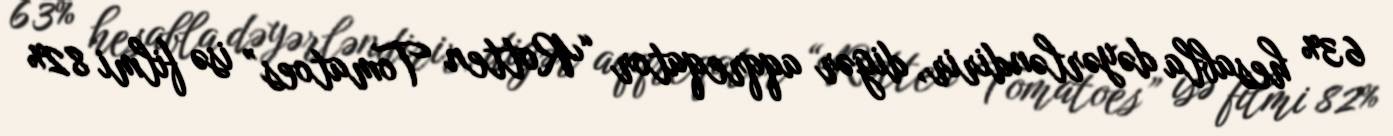
63% hesabla dəyərləndirir, digər aqqreqator “Rotten Tomatoes” isə filmi 82%